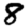
Digit: 8